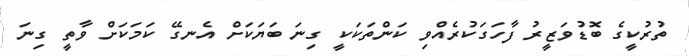
ތުރުކީގެ ބޮޑުވަޒީރު ފާހަގަކުރެއްވި ކަންތަކަކީ ގިނަ ބަޔަކަށް އެނގޭ ކަމަކަށް ވާތީ ގިނަ